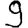
Digit: 9